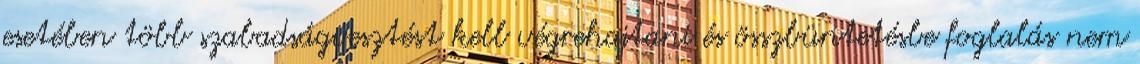
esetében több szabadságvesztést kell végrehajtani és összbüntetésbe foglalás nem